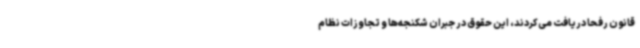
قانون رفحا دریافت می‌کردند، این حقوق در جبران شکنجه‌ها و تجاوزات نظام